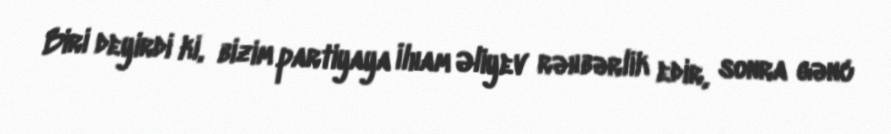
Biri deyirdi ki, bizim partiyaya İlham Əliyev rəhbərlik edir, sonra gənc